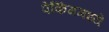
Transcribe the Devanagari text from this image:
पेकिंगमध्ये